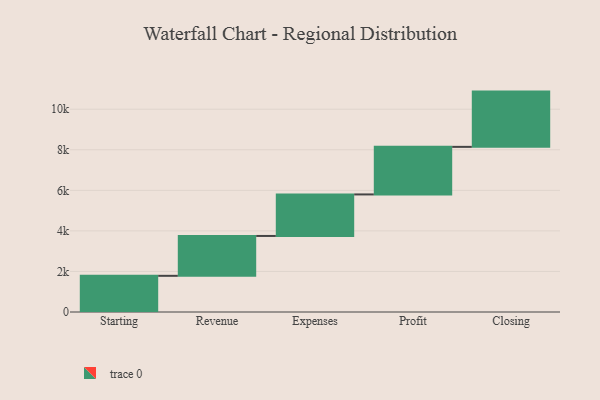
{"axis": {"x": "Step", "y": "Value"}, "legend": [""], "data": [{"x": "Starting", "y": 1784.0, "type": ""}, {"x": "Revenue", "y": 1966.0, "type": ""}, {"x": "Expenses", "y": 2048.0, "type": ""}, {"x": "Profit", "y": 2346.0, "type": ""}, {"x": "Closing", "y": 2725.0, "type": ""}]}